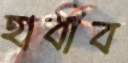
হাবীব